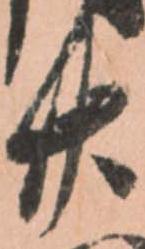
廿